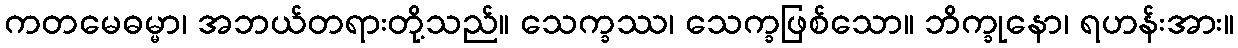
ကတမေဓမ္မာ၊ အဘယ်တရားတို့သည်။ သေက္ခဿ၊ သေက္ခဖြစ်သော။ ဘိက္ခုနော၊ ရဟန်းအား။